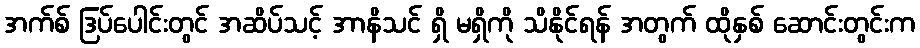
အက်စ် ဒြပ်ပေါင်းတွင် အဆိပ်သင့် အာနိသင် ရှိ မရှိကို သိနိုင်ရန် အတွက် ထိုနှစ် ဆောင်းတွင်းက